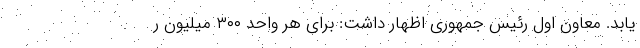
یابد. معاون اول رئیس جمهوری اظهار داشت: برای هر واحد ۳۰۰ میلیون ر